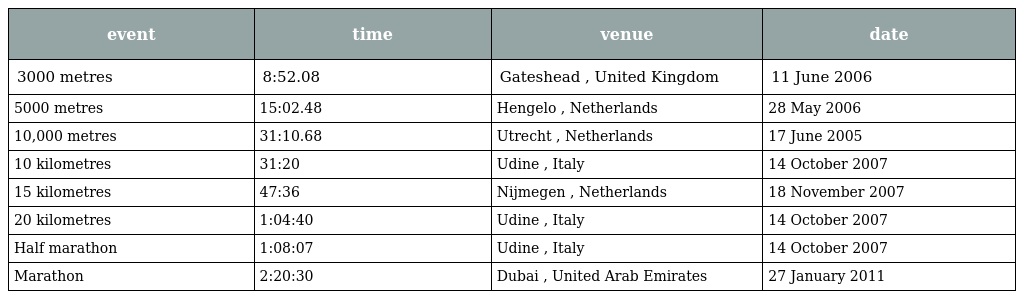
| event | time | venue | date |
 | --- | --- | --- | --- |
 | 3000 metres | 8:52.08 | Gateshead , United Kingdom | 11 June 2006 |
 | 5000 metres | 15:02.48 | Hengelo , Netherlands | 28 May 2006 |
 | 10,000 metres | 31:10.68 | Utrecht , Netherlands | 17 June 2005 |
 | 10 kilometres | 31:20 | Udine , Italy | 14 October 2007 |
 | 15 kilometres | 47:36 | Nijmegen , Netherlands | 18 November 2007 |
 | 20 kilometres | 1:04:40 | Udine , Italy | 14 October 2007 |
 | Half marathon | 1:08:07 | Udine , Italy | 14 October 2007 |
 | Marathon | 2:20:30 | Dubai , United Arab Emirates | 27 January 2011 |